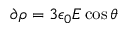
\partial \rho = 3 \epsilon _ { 0 } E \cos \theta